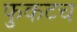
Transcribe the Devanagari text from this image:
फुकटच